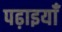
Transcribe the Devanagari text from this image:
पढ़ाइयाँ